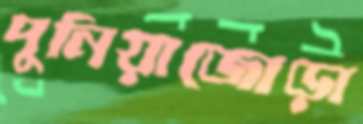
দুনিয়াজোড়া